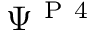
\Psi ^ { \mathrm { ~ P ~ 4 ~ } }